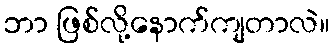
ဘာ ဖြစ်လို့နောက်ကျတာလဲ။